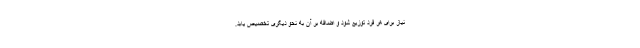
نیاز برای هر فرد توزیع شود و اضافه بر آن به نحو دیگری تخصیص یابد.